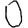
Digit: 0